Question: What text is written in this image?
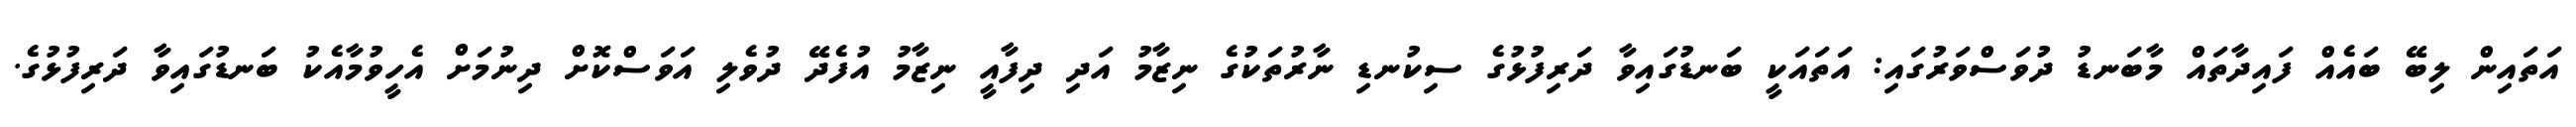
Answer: އަތައިން ލިބޭ ބައެއް ފައިދާތައް މާބަނޑު ދުވަސްވަރުގައި: އަތައަކީ ބަނޑުގައިވާ ދަރިފުޅުގެ ސިކުނޑި ނާރުތަކުގެ ނިޒާމު އަދި ދިފާއީ ނިޒާމު އުފެދޭ ދުވެލި އަވަސްކޮށް ދިނުމަށް އެހީވުމާއެކު ބަނޑުގައިވާ ދަރިފުޅުގެ.